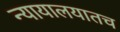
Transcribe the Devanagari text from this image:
न्यायालयातच